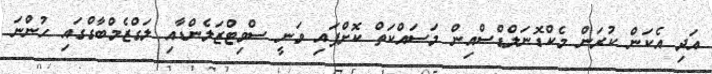
އަދި އެކަން ކުރަން މެކްޑޮނަލްޑްސްއިން މަސައްކަތް ކޮށްފައި ވަނީ ސްވިޓްޒަލެންޑާއި ލަގްޒެމްބާގްގައި ހުންނަ